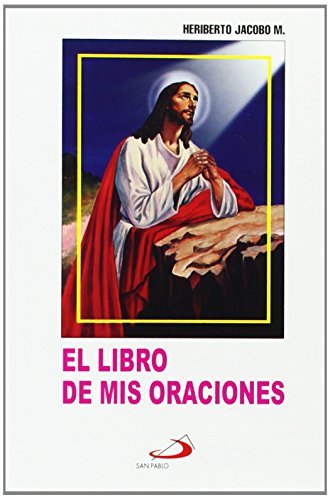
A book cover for El Libro De Mis Oraciones: Edition (Spanish Edition); Heriberto Jacobo; Christian Books & Bibles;